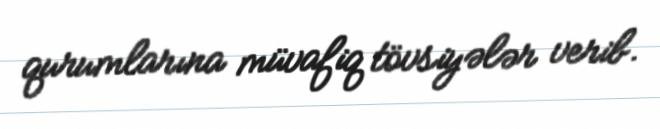
qurumlarına müvafiq tövsiyələr verib.